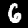
Digit: 6